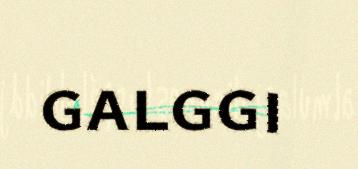
galggi